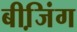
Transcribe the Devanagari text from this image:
बीजि़ंग